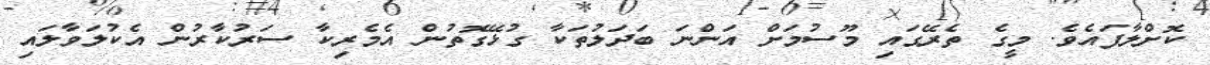
ކޮށްލާފައެވެ. މީގެ ތެރޭގައި މޫސުމަށް އަންނަ ބަދަލުތަކާ ގުޅޭގޮތުން އެމެރިކާ ސަރުކާރުން އެކުލަވާލައި